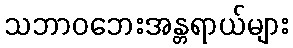
သဘာဝဘေးအန္တရာယ်များ